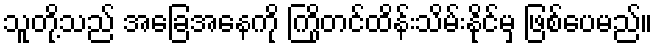
သူတို့သည် အခြေအနေကို ကြိုတင်ထိန်းသိမ်းနိုင်မှ ဖြစ်ပေမည်။